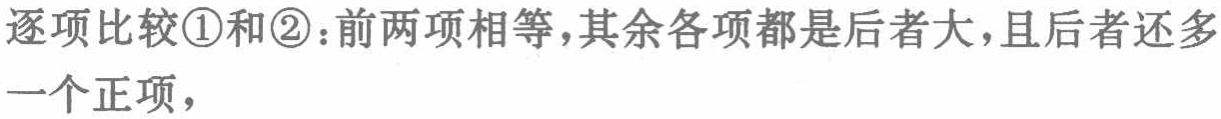
逐项比较\textcircled{1}和\textcircled{2}：前两项相等，其余各项都是后者大，且后者还多一个正项，